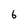
Character: 6